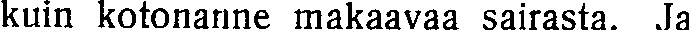
kuin kotonanne makaavaa sairasta. Ja